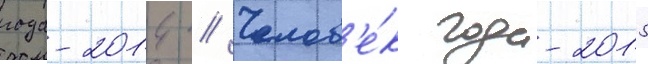
года-2014 // Челов'е́к года-2015